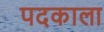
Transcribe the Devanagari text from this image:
पदकाला